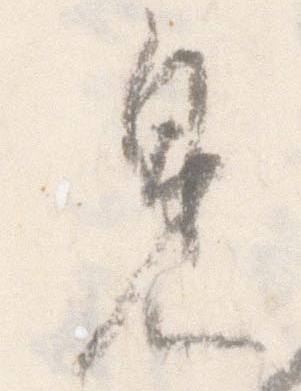
見